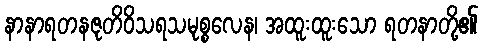
နာနာရတနဇုတိဝိသရသမုစ္စလေန၊ အထူးထူးသော ရတနာတို့၏